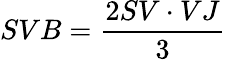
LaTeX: SVB={\frac{2SV\cdot VJ}{3}}